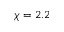
\chi = 2 . 2